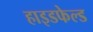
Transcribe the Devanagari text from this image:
हाइडफेल्ड